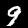
Label: 9